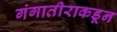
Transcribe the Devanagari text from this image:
गंगातीराकडून